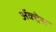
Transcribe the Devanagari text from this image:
ॲक्ट्रेस